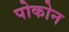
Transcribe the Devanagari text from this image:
पोकोन